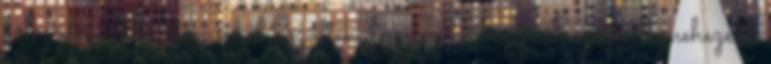
Az eligazítás után, ahol közölték, hogy ez Közép-Európa legnehezebb